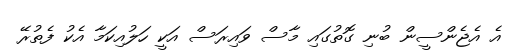
އެ އެޖެންސީން ބުނި ގޮތުގައި މާސް ވައިރަސް އަކީ ހަލުއިކަމާ އެކު ފެތުރޭ